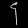
Digit: ၄